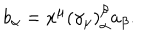
LaTeX: b _ { \alpha } = x ^ { \mu } \left( \gamma _ { \mu } \right) _ { \alpha } ^ { \beta } a _ { \beta } .